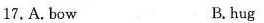
17.A.bow B.hug